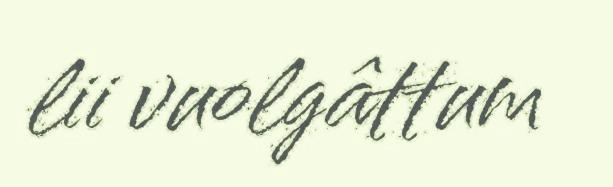
lii vuolgâttum